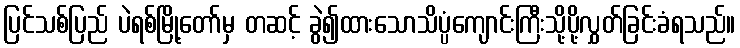
ပြင်သစ်ပြည် ပဲရစ်မြို့တော်မှ တဆင့် ခွဲ၍ထားသောသိပ္ပံကျောင်းကြီးသို့ပို့လွှတ်ခြင်းခံရသည်။